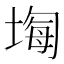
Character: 𡎧